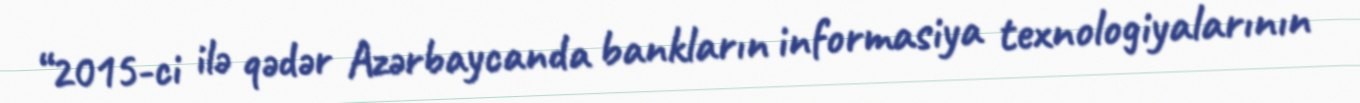
“2015-ci ilə qədər Azərbaycanda bankların informasiya texnologiyalarının